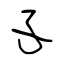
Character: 孓